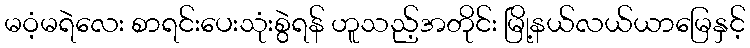
မဝံ့မရဲလေး စာရင်းပေးသုံးစွဲရန် ဟူသည့်အတိုင်း မြို့နယ်လယ်ယာမြေနှင့်